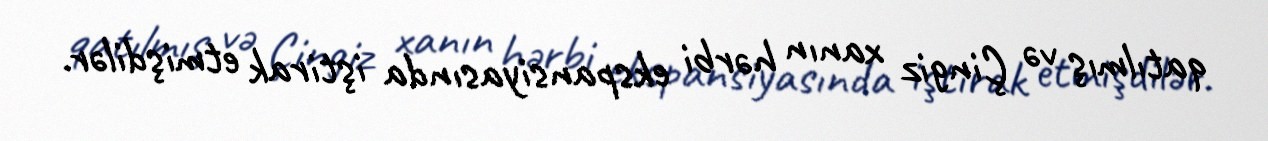
qatılmış və Çingiz xanın hərbi ekspansiyasında iştirak etmişdilər.